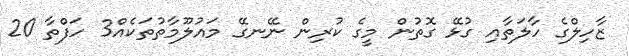
ޒާހިލްގެ ހާލަތާއި ގުޅޭ ގޮތުން މީގެ ކުރިން ނޭނގޭ މައުލޫމާތުތަކެއް3 ހަފްތާ 20